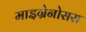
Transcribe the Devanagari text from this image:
माइग्रेनोसस